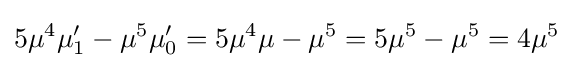
5\mu ^{4}\mu '_{1}-\mu ^{5}\mu '_{0}=5\mu ^{4}\mu -\mu ^{5}=5\mu ^{5}-\mu ^{5}=4\mu ^{5}